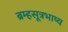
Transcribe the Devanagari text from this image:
ब्रम्हसूत्रभाष्य